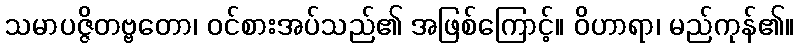
သမာပဇ္ဇိတဗ္ဗတော၊ ဝင်စားအပ်သည်၏ အဖြစ်ကြောင့်။ ဝိဟာရာ၊ မည်ကုန်၏။